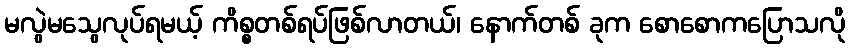
မလွဲမသွေလုပ်ရမယ့် ကိစ္စတစ်ရပ်ဖြစ်လာတယ်၊ နောက်တစ် ခုက စောစောကပြောသလို